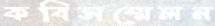
কবিসম্মেলন